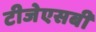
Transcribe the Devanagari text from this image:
टीजेएसबी